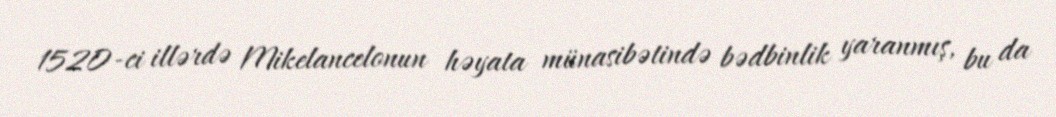
1520-ci illərdə Mikelancelonun həyata münasibətində bədbinlik yaranmış, bu da